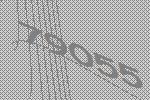
79055